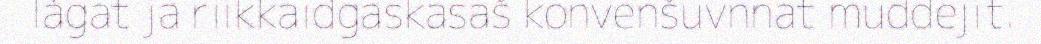
lágat ja riikkaidgaskasaš konvenšuvnnat muddejit.